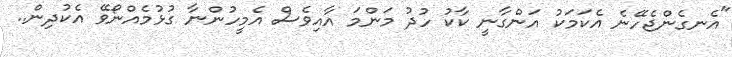
"އެނގެންޖެހޭނެ އެކަމަކު އަންގާނީ ކާކު ހުދު މަންމަ އާއިވެސް އެމީހުންނާ ގުޅުމެއްނޯވޭ އެކުދިން..